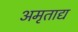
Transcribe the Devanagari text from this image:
अमृताद्य